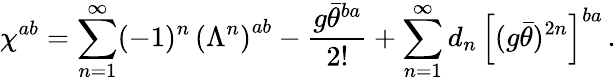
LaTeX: \chi^{ab}=\sum_{n=1}^{\infty}(-1)^{n}\, \left(\Lambda^{n}\right)^{ab}-\frac{g\bar{\theta}^{ba}}{2!}+\sum_{n=1}^{\infty}d_{n}\, \left[(g\bar{\theta})^{2n}\right]^{ba}\, .